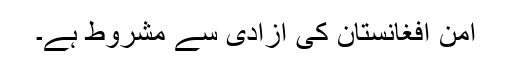
امن افغانستان کی آزادی سے مشروط ہے۔